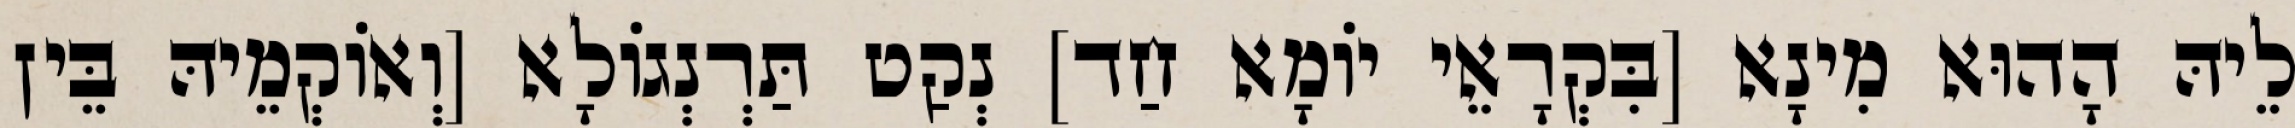
לֵיהּ הָהוּא מִינָא [בִּקְרָאֵי יוֹמָא חַד] נְקַט תַּרְנְגוֹלָא [וְאוֹקְמֵיהּ בֵּין